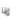
إذا